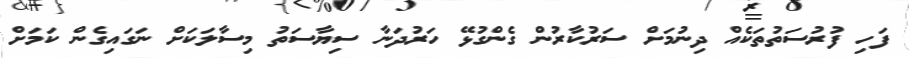
ފަހި ފުރުސަތުތަކެއް ދިނުމަށް ސަރުކާރުން ގެންގުޅޭ ހަރުދަނާ ސިޔާސަތު މިސާލަކަށް ނަގައިގެން ކަމަށް